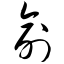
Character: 俞